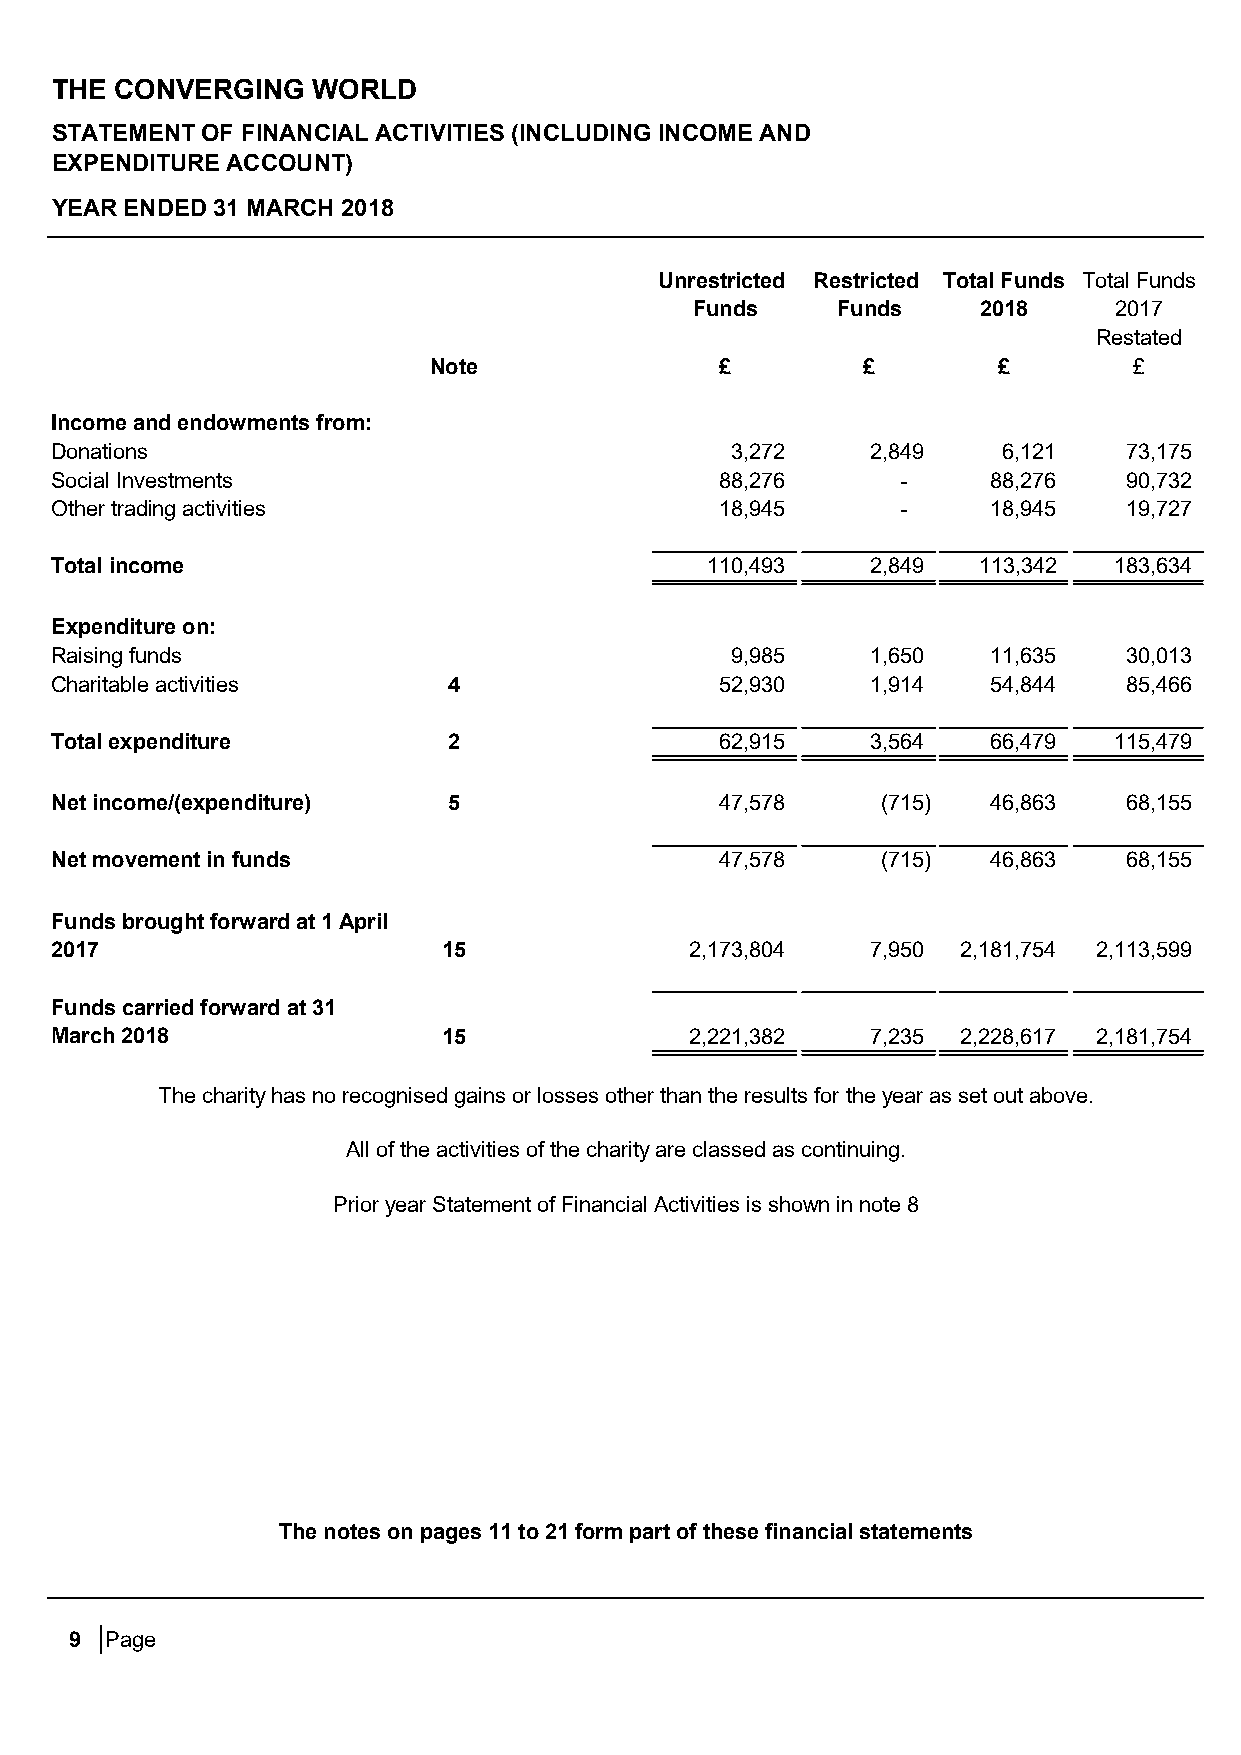
THE  CONVERGING   WORLD
 STATEMENT OF FINANCIAL ACTIVITIES (INCLUDING INCOME AND
 EXPENDITURE ACCOUNT)
 YEAR ENDED 31 MARCH 2018
 Unrestricted Restricted Total Funds Total Funds
 Funds    Funds     2018     2017
 Restated
 Note                £        £        £        £
 Income and endowments from:
 Donations                                    3,272     2,849   6,121    73,175
 Social Investments                           88,276      -     88,276   90,732
 Other trading activities                     18,945      -     18,945   19,727
 Total income                                110,493    2,849  113,342  183,634
 Expenditure on:
 Raising funds                                9,985     1,650   11,635   30,013
 Charitable activities      4                 52,930    1,914   54,844   85,466
 Total expenditure          2                 62,915    3,564   66,479  115,479
 Net income/(expenditure)   5                 47,578    (715)   46,863   68,155
 Net movement in funds                        47,578    (715)   46,863   68,155
 Funds brought forward at 1 April
 2017                      15               2,173,804   7,950 2,181,754 2,113,599
 Funds carried forward at 31
 March 2018                15               2,221,382   7,235 2,228,617 2,181,754
 The charity has no recognised gains or losses other than the results for the year as set out above.
 All of the activities of the charity are classed as continuing.
 Prior year Statement of Financial Activities is shown in note 8
 The notes on pages 11 to 21 form part of these financial statements
 9 Page